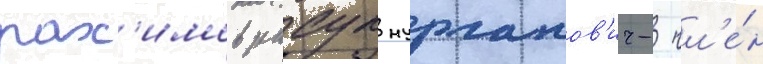
рах'имов расул нурланов'ич- чл'е́н